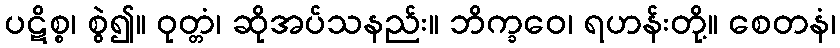
ပဋိစ္စ၊ စွဲ၍။ ဝုတ္တံ၊ ဆိုအပ်သနည်း။ ဘိက္ခဝေ၊ ရဟန်းတို့။ စေတနံ၊